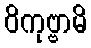
ဝိကုဗ္ဗာမိ